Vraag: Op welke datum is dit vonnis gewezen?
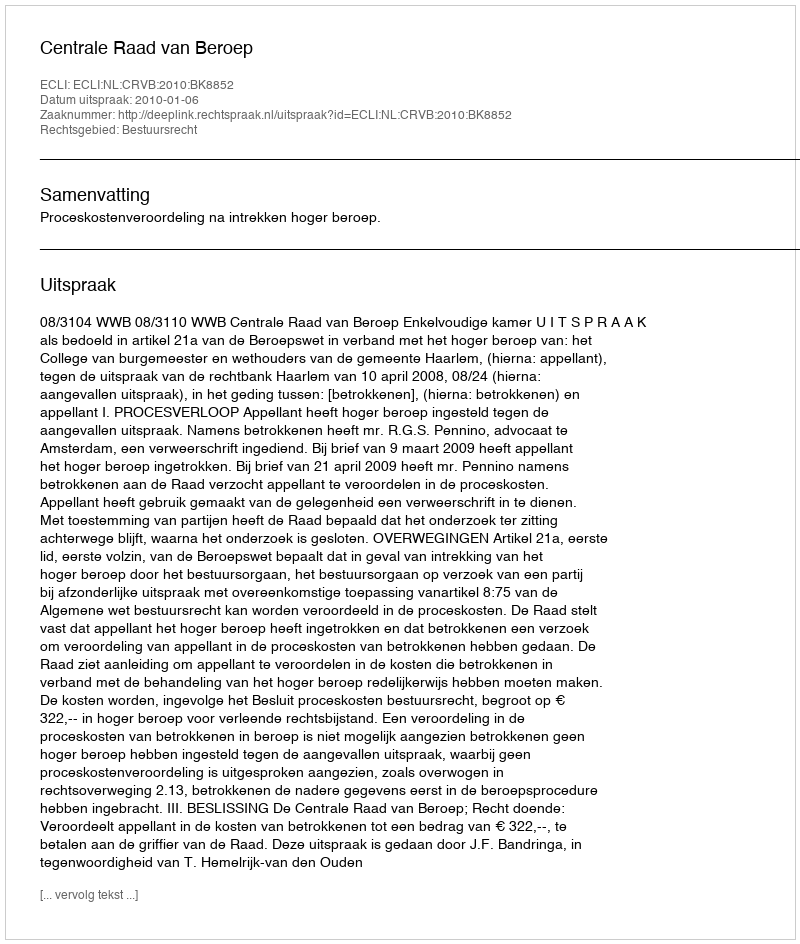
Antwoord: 2010-01-06